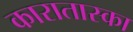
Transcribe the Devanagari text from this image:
कारातास्का